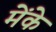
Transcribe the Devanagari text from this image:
मेंके